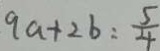
9 a + 2 b = \frac { 5 } { 4 }